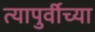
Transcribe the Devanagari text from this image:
त्यापुर्वीच्या